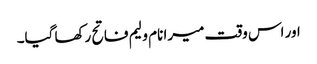
اور اس وقت میرا نام ولیم فاتح رکھا گیا۔